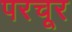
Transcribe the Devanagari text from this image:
परचूर